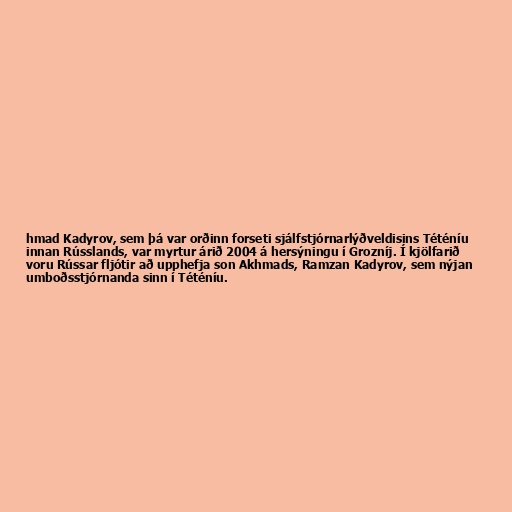
hmad Kadyrov, sem þá var orðinn forseti sjálfstjórnarlýðveldisins Téténíu
innan Rússlands, var myrtur árið 2004 á hersýningu í Grozníj. Í kjölfarið
voru Rússar fljótir að upphefja son Akhmads, Ramzan Kadyrov, sem nýjan
umboðsstjórnanda sinn í Téténíu.